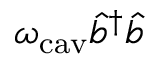
\omega _ { \mathrm { c a v } } \hat { b } ^ { \dagger } \hat { b }